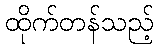
ထိုက်တန်သည့်